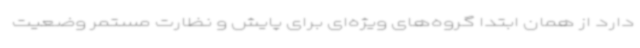
دارد از همان ابتدا گروه‌های ویژه‌ای برای پایش و نظارت مستمر وضعیت